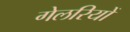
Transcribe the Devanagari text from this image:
गेलरियों